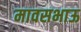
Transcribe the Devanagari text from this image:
मावसभाऊ